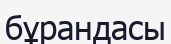
бұрандасы